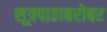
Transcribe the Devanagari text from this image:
सूत्रपाठाबरोबर